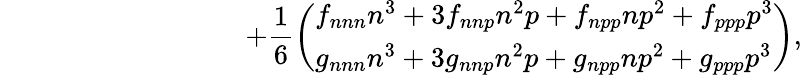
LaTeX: \, \, \, \, \, \, \, \, \, \, \, \, \, \, \, \, \, \, \, \, \, \, \, \, \, \, \, \, \, \, \, \, \, \, \, \, \, \, \, \, \, \, \, \, \, \, \, \, \, \, \, \, +\frac 16\left(\begin{array}{l}{f_{nnn}n^{3}+3f_{nnp}n^{2}p+f_{npp}np^{2}+f_{ppp}p^{3}}\\ {g_{nnn}n^{3}+3g_{nnp}n^{2}p+g_{npp}np^{2}+g_{ppp}p^{3}}\end{array}\right),